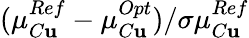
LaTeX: (\mu_{C\mathbf{u}}^{Ref}-\mu_{C\mathbf{u}}^{Opt})/\sigma\mu_{C\mathbf{u}}^{Ref}